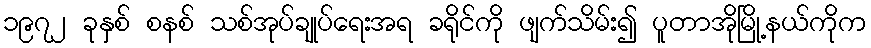
၁၉၇၂ ခုနှစ် စနစ် သစ်အုပ်ချုပ်ရေးအရ ခရိုင်ကို ဖျက်သိမ်း၍ ပူတာအိုမြို့နယ်ကိုက